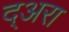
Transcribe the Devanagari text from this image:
द्अरा